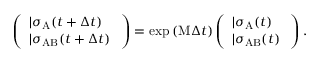
\left( \begin{array} { l } { | \sigma _ { \mathrm { A } } ( t + \Delta t ) \rrangle } \\ { | \sigma _ { \mathrm { A B } } ( t + \Delta t ) \rrangle } \end{array} \right) = \exp { ( \mathrm { M } \Delta t ) } \left( \begin{array} { l } { | \sigma _ { \mathrm { A } } ( t ) \rrangle } \\ { | \sigma _ { \mathrm { A B } } ( t ) \rrangle } \end{array} \right) .